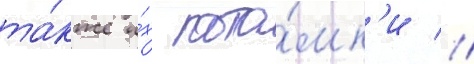
та́кже и́х пото́мк'и //